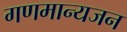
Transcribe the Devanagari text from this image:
गणमान्यजन